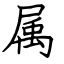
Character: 属